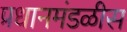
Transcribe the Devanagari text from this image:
प्रधानमंडळीस